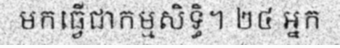
មកធ្វើជាកម្មសិទ្ធិ។ ២៤ អ្នក